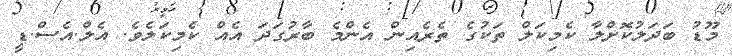
މޫޑު ބަދަލުކޮށްލާ ކެމިކަލް ތަކުގެ ތެރެއިން އެންމެ ބާރުގަދަ އެއް ކެމިކަލެވެ. އެލް.އެސް.ޑީ